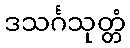
ဒသင်္ဂသုတ္တံ